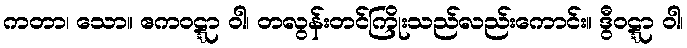
ကတာ၊ သော။ ဧကဝဋ္ဋာ ဝါ၊ တလွန်းတင်ကြိုးသည်လည်းကောင်း။ ဒွီဝဋ္ဋာ ဝါ၊